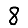
Digit: 8